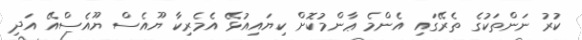
ކުރު ނަންތަކުގެ ތެރޭގައި އެންމެ ޢާންމުކޮށް ކިޔައިއުޅޭ އެމެރިކާ ޔޫއެސް ޔޫއެސްއޭ އަދި